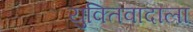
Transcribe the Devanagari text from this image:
युक्तिवादाला